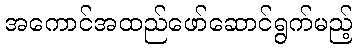
အကောင်အထည်ဖော်ဆောင်ရွက်မည့်